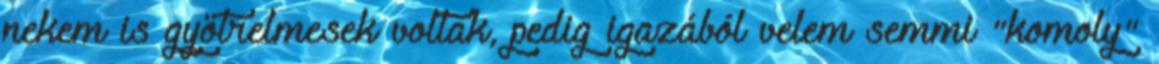
nekem is gyötrelmesek voltak, pedig igazából velem semmi "komoly"